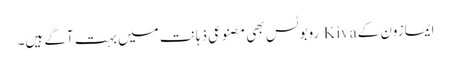
ایمازون کے Kiva روبوٹس بھی مصنوعی ذہانت میں بہت آگے ہیں۔